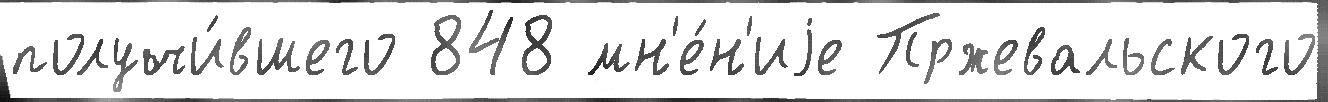
получи́вшего 848 мн'е́н'иjе Пржевальского